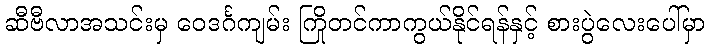
ဆီဗီလာအသင်းမှ ဝေဒင်္ဂကျမ်း ကြိုတင်ကာကွယ်နိုင်ရန်နှင့် စားပွဲလေးပေါ်မှာ